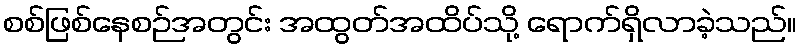
စစ်ဖြစ်နေစဉ်အတွင်း အထွတ်အထိပ်သို့ ရောက်ရှိလာခဲ့သည်။